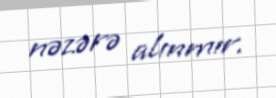
nəzərə alınmır.